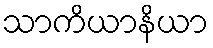
သာကိယာနိယာ